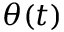
\theta ( t )